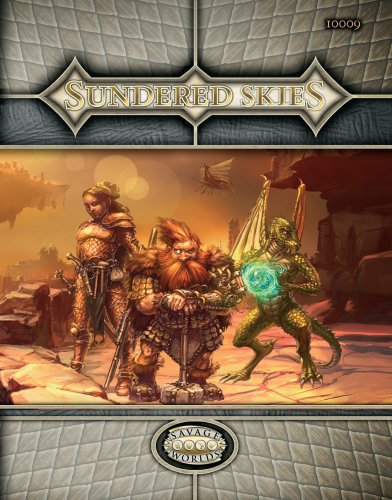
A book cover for Sundered Skies (Savage Worlds; S2P10009); Dave Blewer; Science Fiction & Fantasy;